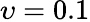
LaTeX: \upsilon=0.1